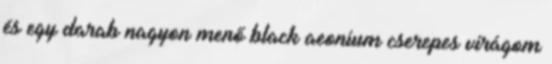
és egy darab nagyon menő black aeonium cserepes virágom